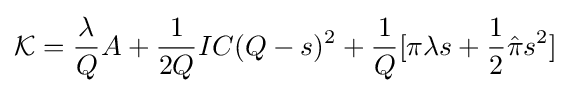
{\mathcal {K}}={\frac {\lambda }{Q}}A+{\frac {1}{2Q}}IC(Q-s)^{2}+{\frac {1}{Q}}[\pi \lambda s+{\frac {1}{2}}{\hat {\pi }}s^{2}]